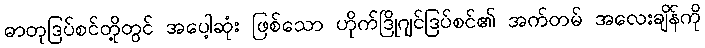
ဓာတုဒြပ်စင်တို့တွင် အပေါ့ဆုံး ဖြစ်သော ဟိုက်ဒြိုဂျင်ဒြပ်စင်၏ အက်တမ် အလေးချိန်ကို